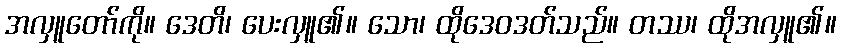
အလှူတော်ကို။ ဒေတိ၊ ပေးလှူ၏။ သော၊ ထိုဒေဝဒတ်သည်။ တဿ၊ ထိုအလှူ၏။